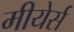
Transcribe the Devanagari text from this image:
मीयेर्स